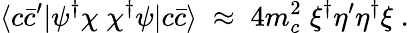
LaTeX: \langle c\bar{c}^{\prime}|\psi^{\dagger}\chi\; \chi^{\dagger}\psi|c\bar{c}\rangle\; \approx\; 4m_{c}^{2}\; \xi^{\dagger}\eta^{\prime}\eta^{\dagger}\xi\; .